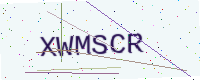
Text: XWMSCR